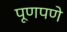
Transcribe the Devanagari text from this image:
पूणपणे